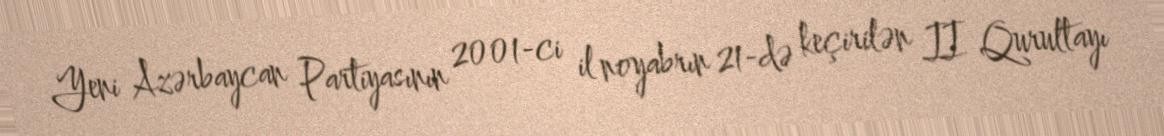
Yeni Azərbaycan Partiyasının 2001-ci il noyabrın 21-də keçirilən II Qurultayı